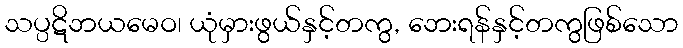
သပ္ပဋိဘယမေဝ၊ ယုံမှားဖွယ်နှင့်တကွ, ဘေးရန်နှင့်တကွဖြစ်သော